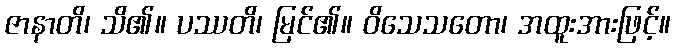
ဇာနာတိ၊ သိ၏။ ပဿတိ၊ မြင်၏။ ဝိသေသတော၊ အထူးအားဖြင့်။